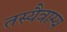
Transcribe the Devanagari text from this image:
तस्यैवास्य